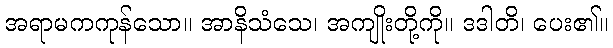
အရာမကကုန်သော။ အာနိသံသေ၊ အကျိုးတို့ကို။ ဒဒါတိ၊ ပေး၏။